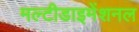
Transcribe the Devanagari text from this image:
मल्टीडाइमेंशनल